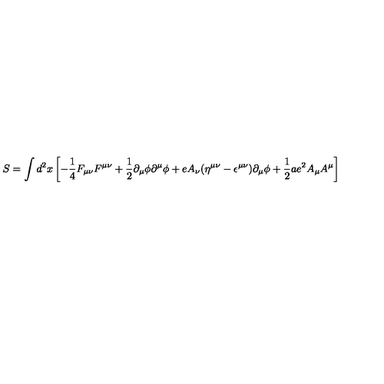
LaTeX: S = \int d ^ { 2 } x \left[ - { \frac { 1 } { 4 } } F _ { \mu \nu } F ^ { \mu \nu } + { \frac { 1 } { 2 } } \partial _ { \mu } \phi \partial ^ { \mu } \phi + e A _ { \nu } ( \eta ^ { \mu \nu } - \epsilon ^ { \mu \nu } ) \partial _ { \mu } \phi + { \frac { 1 } { 2 } } a e ^ { 2 } A _ { \mu } A ^ { \mu } \right]